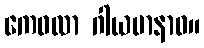
ကေဝလာ ဂါယမာနာဝ။